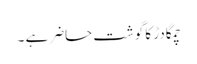
چمگادڑ کا گوشت حاضر ہے ۔